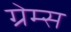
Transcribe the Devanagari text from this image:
ग्रेम्स